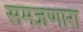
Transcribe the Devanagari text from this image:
समजणारा